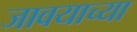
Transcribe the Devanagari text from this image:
जावयाच्या